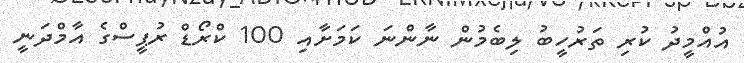
އުއްމީދު ކުރި ތަރުހީބު ލިބެމުން ނާންނަ ކަމަށާއި 100 ކްރޯޑް ރުޕީސްގެ އާމްދަނީ